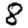
Digit: 8